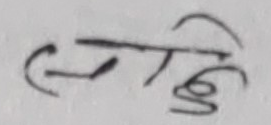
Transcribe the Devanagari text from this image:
लुगा